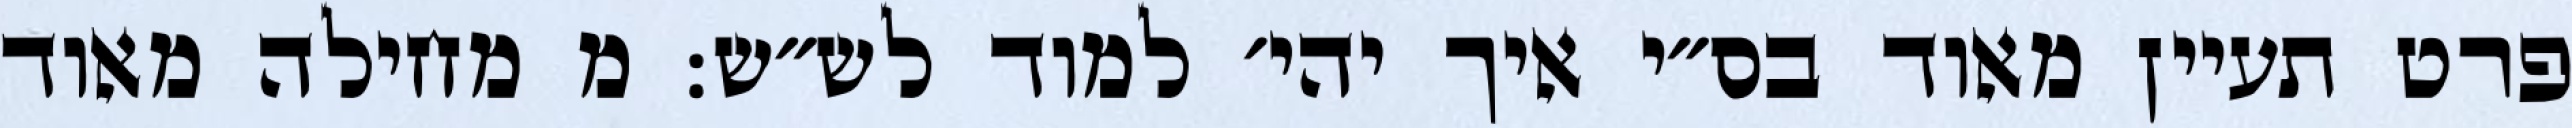
פרט תעיין מאוד בס״י איך יהי׳ למוד לש״ש: מ מחילה מאוד